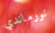
نورماندي